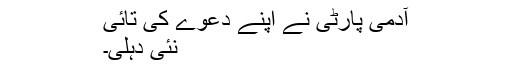
آدمی پارٹی نے اپنے دعوے کی تائی
نئی دہلی۔